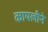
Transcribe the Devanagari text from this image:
कायलीने